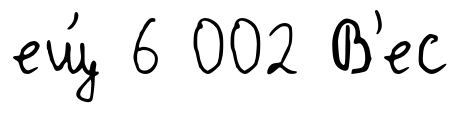
ещ́ 6 002 В'ес